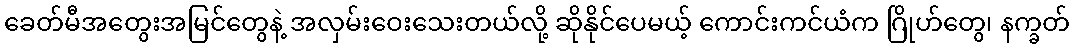
ခေတ်မီအတွေးအမြင်တွေနဲ့ အလှမ်းဝေးသေးတယ်လို့ ဆိုနိုင်ပေမယ့် ကောင်းကင်ယံက ဂြိုဟ်တွေ၊ နက္ခတ်